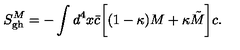
S _ { \mathrm { g h } } ^ { M } = - \int d ^ { 4 } x { \bar { c } } \biggl [ ( 1 - \kappa ) M + \kappa \tilde { M } \biggr ] c .